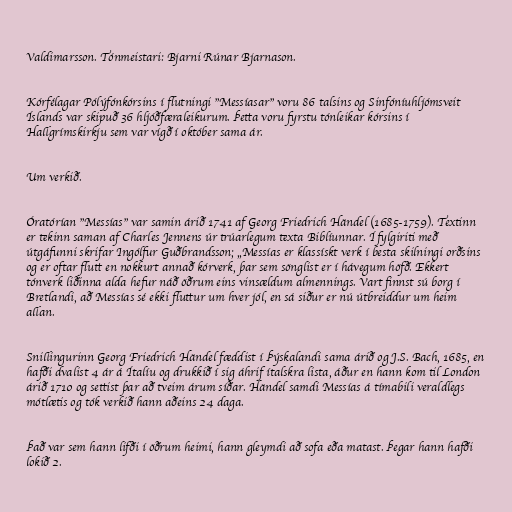
Valdimarsson. Tónmeistari: Bjarni Rúnar Bjarnason.

Kórfélagar Pólýfónkórsins í flutningi "Messíasar" voru 86 talsins og Sinfóníuhljómsveit
Íslands var skipuð 36 hljóðfæraleikurum. Þetta voru fyrstu tónleikar kórsins í
Hallgrímskirkju sem var vígð í október sama ár.

Um verkið.

Óratórían "Messías" var samin árið 1741 af Georg Friedrich Händel (1685-1759). Textinn
er tekinn saman af Charles Jennens úr trúarlegum texta Biblíunnar. Í fylgiriti með
útgáfunni skrifar Ingólfur Guðbrandsson; „Messías er klassískt verk í besta skilningi orðsins
og er oftar flutt en nokkurt annað kórverk, þar sem sönglist er í hávegum höfð. Ekkert
tónverk liðinna alda hefur náð öðrum eins vinsældum almennings. Vart finnst sú borg í
Bretlandi, að Messías sé ekki fluttur um hver jól, en sá siður er nú útbreiddur um heim
allan.

Snillingurinn Georg Friedrich Händel fæddist í Þýskalandi sama árið og J.S. Bach, 1685, en
hafði dvalist 4 ár á Ítalíu og drukkið í sig áhrif ítalskra lista, áður en hann kom til London
árið 1710 og settist þar að tveim árum síðar. Händel samdi Messías á tímabili veraldlegs
mótlætis og tók verkið hann aðeins 24 daga.

Það var sem hann lifði í öðrum heimi, hann gleymdi að sofa eða matast. Þegar hann hafði
lokið 2.